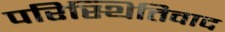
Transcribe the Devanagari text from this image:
परिस्थितिवाद